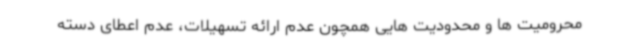
محرومیت ها و محدودیت هایی همچون عدم ارائه تسهیلات، عدم اعطای دسته